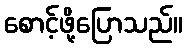
စောင့်ဖို့ပြောသည်။